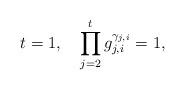
LaTeX: \begin{align*}t=1,\quad\prod\limits_{j=2}^tg_{j,i}^{\gamma_{j,i}}=1,\end{align*}